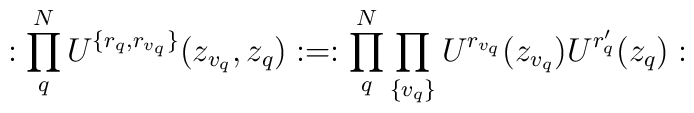
:\prod_{q}^{N}U^{\{r_{q},r_{v_{q}}\}}(z_{v_{q}},z_{q}): = :\prod_{q}^{N}\prod_{\{v_{q}\}}U^{r_{v_{q}}}(z_{v_{q}})U^{r'_{q}}(z_{q}):